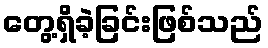
တွေ့ရှိခဲ့ခြင်းဖြစ်သည်